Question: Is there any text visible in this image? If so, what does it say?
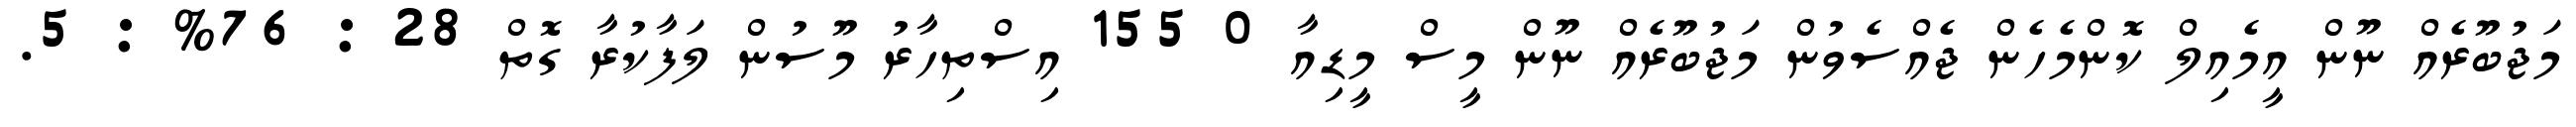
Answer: މަޖުބޫރެއް ނޫން އީމެއިލް ކޮންމެހެން ޖެއްސެވުން މަޖުބޫރެއް ނޫން މީސް މީޑިއާ 0 155 އިސްތިހާރު މޫސުން ލަފާކުރާ ގޮތް 28 : 76% : 5.